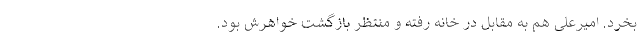
بخرد. امیرعلی هم به مقابل در خانه رفته و منتظر بازگشت خواهرش بود.